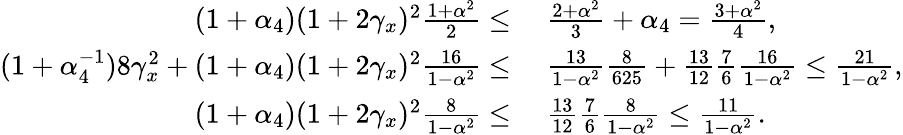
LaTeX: \begin{array}{rl}{(1+\alpha_{4})(1+2\gamma_{x})^{2}\frac{1+\alpha^{2}}{2}\leq}&{~\frac{2+\alpha^{2}}{3}+\alpha_{4}=\frac{3+\alpha^{2}}{4},}\\ {(1+\alpha_{4}^{-1})8\gamma_{x}^{2}+(1+\alpha_{4})(1+2\gamma_{x})^{2}\frac{16}{1-\alpha^{2}}\leq}&{~\frac{13}{1-\alpha^{2}}\frac{8}{625}+\frac{13}{12}\frac{7}{6}\frac{16}{1-\alpha^{2}}\leq\frac{21}{1-\alpha^{2}},}\\ {(1+\alpha_{4})(1+2\gamma_{x})^{2}\frac{8}{1-\alpha^{2}}\leq}&{~\frac{13}{12}\frac{7}{6}\frac{8}{1-\alpha^{2}}\leq\frac{11}{1-\alpha^{2}}.}\end{array}